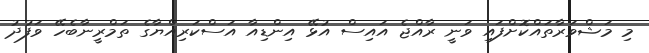
މި މަޝްވަރާތައްކޮށްފައި ވަނީ ރާއްޖެ އައިސް އުޅޭ އިންޑިއާ އަސްކަރިއްޔާގެ ތަމްރީނާބެހޭ ވަފުދު